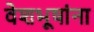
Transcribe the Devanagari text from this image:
वेशभूषांना